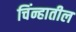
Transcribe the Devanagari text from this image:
चिंन्हातील